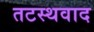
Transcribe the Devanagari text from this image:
तटस्थवाद